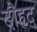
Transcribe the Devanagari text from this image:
दौहृद